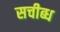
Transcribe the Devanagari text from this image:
सचीब्ध